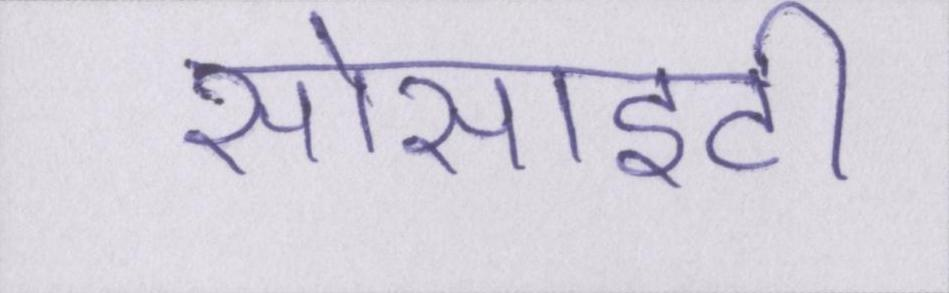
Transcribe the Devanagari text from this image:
सोसाइटी